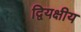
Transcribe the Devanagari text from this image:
द्वियक्षीय